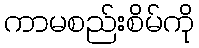
ကာမစည်းစိမ်ကို